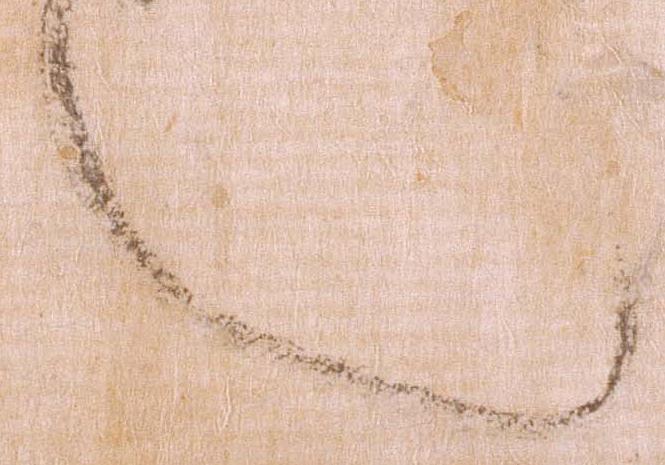
也